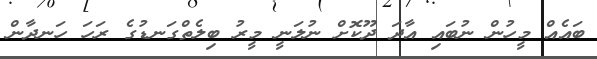
ބައެއް މީހުން ނުބައި އާދަ ދޫކޮށް ނުލަނީ މީރު ބިލެތްގަނޑުގެ ރަހަ ހަނދާން